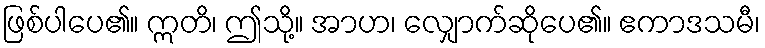
ဖြစ်ပါပေ၏။ ဣတိ၊ ဤသို့။ အာဟ၊ လျှောက်ဆိုပေ၏။ ဧကာဒသမီ၊